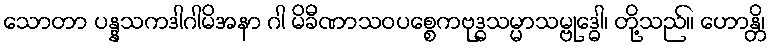
သောတာ ပန္နသကဒါဂါမိအနာ ဂါ မိခီဏာသဝပစ္စေကဗုဒ္ဓသမ္မာသမ္ဗုဒ္ဓေါ၊ တို့သည်။ ဟောန္တိ၊